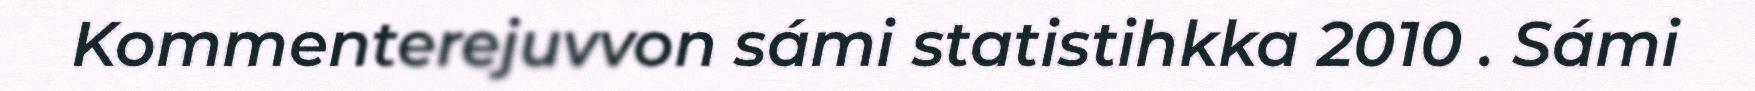
Kommenterejuvvon sámi statistihkka 2010 . Sámi